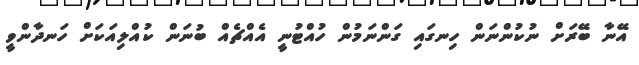
އޭނާ ބޭރަށް ނުކުންނަން ހިނގައި ގަންނަމުން ހުއްޓުނީ އެއްޗެއް ބުނަން ކުއްލިއަކަށް ހަނދާންވީ